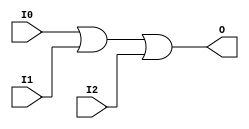
`timescale 1ns / 1ps
//////////////////////////////////////////////////////////////////////////////////
// Company: 
// Engineer: 
// 
// Design Name: 
// Module Name:    OR3_8 
// Project Name: 
// Target Devices: 
// Tool versions: 
// Description: 
//
// Dependencies: 
//
// Revision: 
// Revision 0.01 - File Created
// Additional Comments: 
//
//////////////////////////////////////////////////////////////////////////////////
module OR3_8(
    input [15:0] I0,
    input [15:0] I1,
    input [15:0] I2,
    output [15:0] O
    );
	 
	 assign O = I0 | I1 | I2;


endmodule